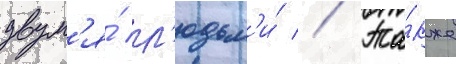
двум'я́ л'юдьм'и́ // Та́кже